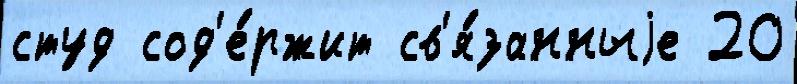
студ сод'е́ржит св'я́занныjе 20